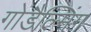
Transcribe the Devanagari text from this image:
गोडैल्मिंग